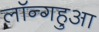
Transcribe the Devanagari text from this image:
लॉन्गहुआ